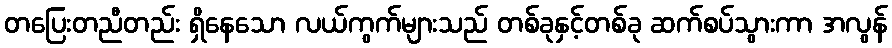
တပြေးတညီတည်း ရှိနေသော လယ်ကွက်များသည် တစ်ခုနှင့်တစ်ခု ဆက်စပ်သွားကာ အလွန်